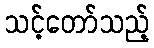
သင့်တော်သည့်